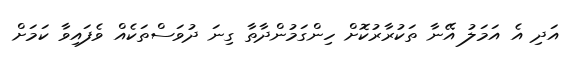
އަދި އެ އަމަލު އޭނާ ތަކުރާރުކޮށް ހިންގަމުންދާތާ ގިނަ ދުވަސްތަކެއް ވެފައިވާ ކަމަށް